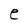
Character: e